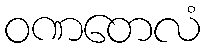
ဝဏတေလံ